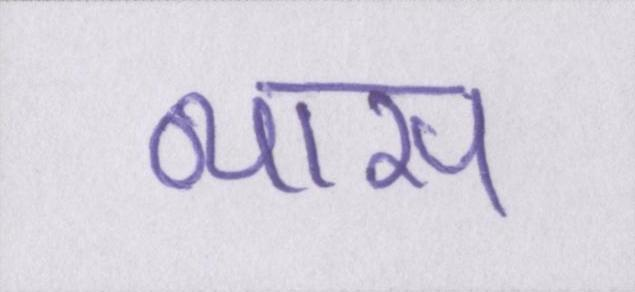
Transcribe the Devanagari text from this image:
व्यास